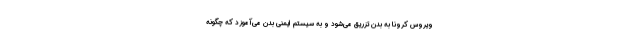
ویروس کرونا به بدن تزریق می‌شود و به سیستم ایمنی بدن می‌آموزد که چگونه